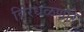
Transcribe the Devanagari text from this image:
विरधळणारे